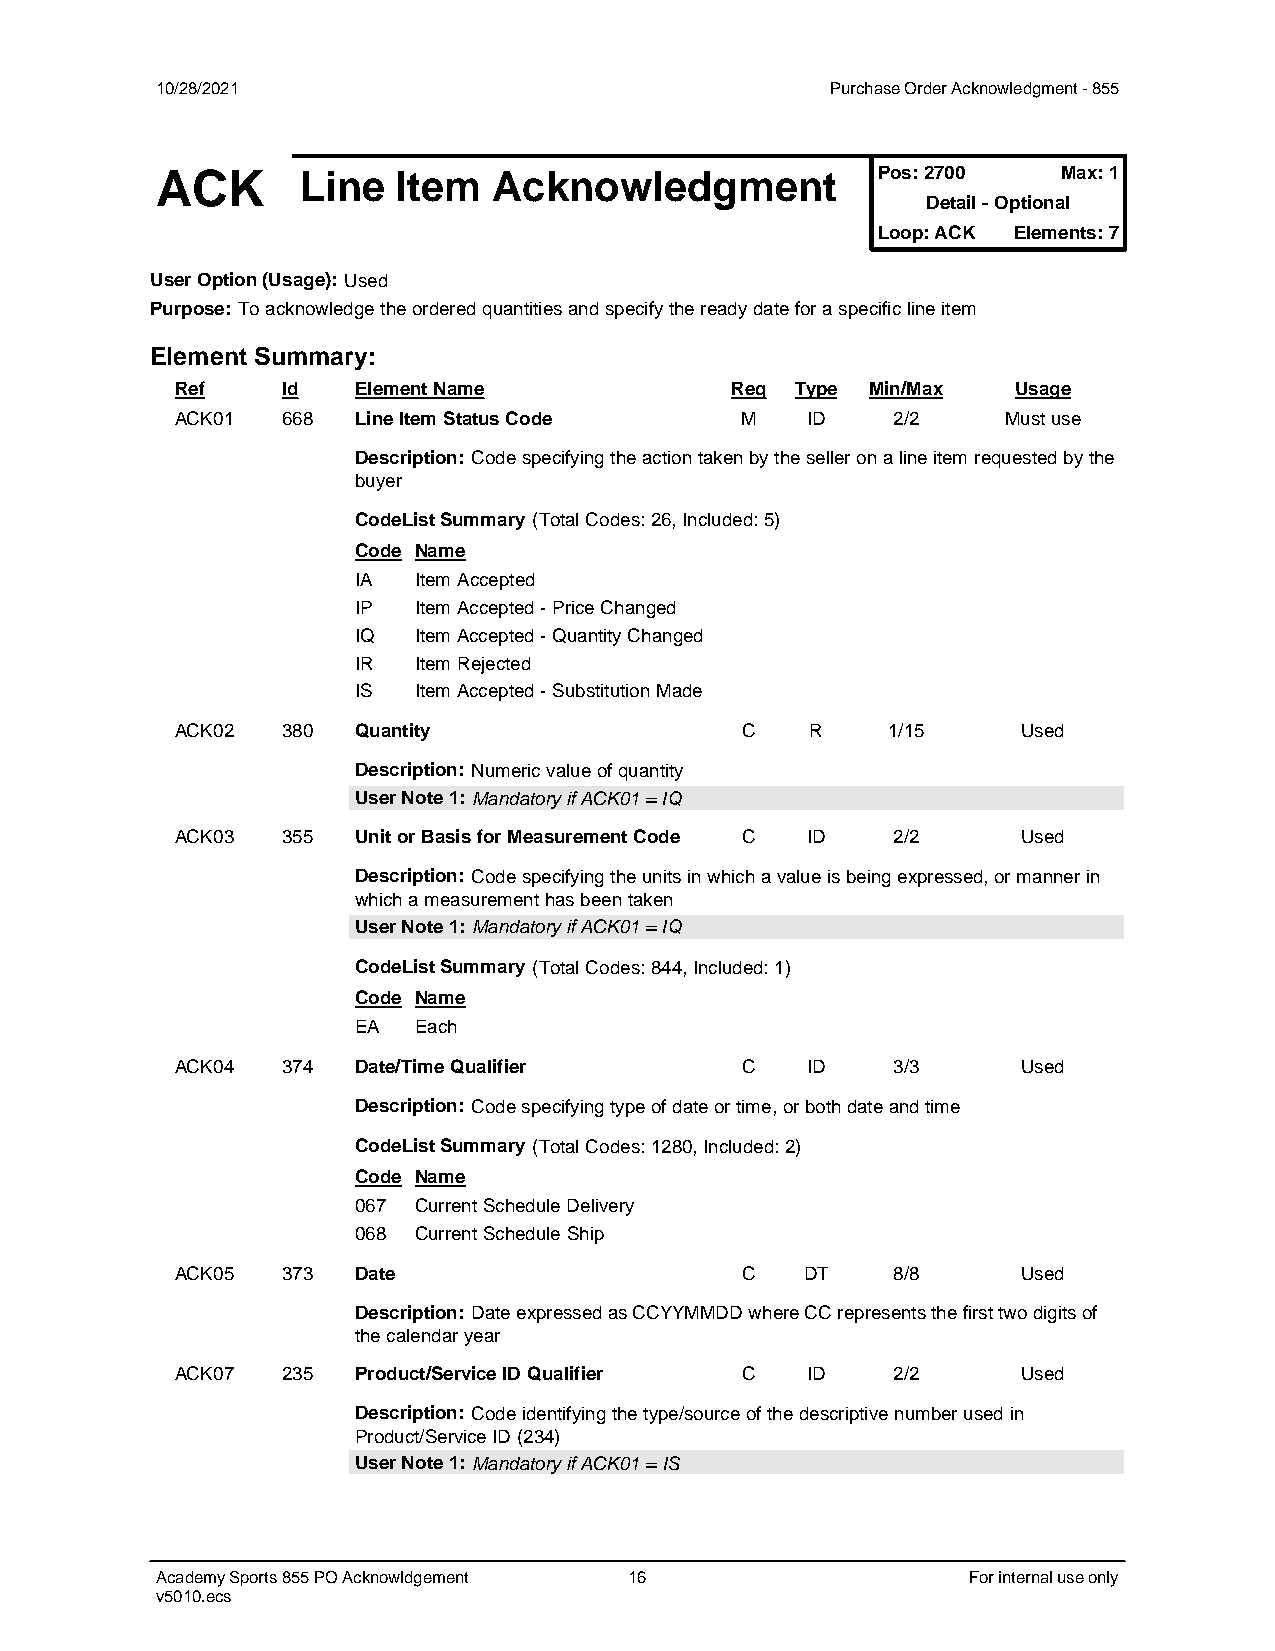
10/28/2021                                   Purchase Order Acknowledgment - 855
 Pos: 2700   Max: 1
 ACK       Line  Item   Acknowledgment
 Detail - Optional
 Loop: ACK Elements: 7
 User Option (Usage): Used
 Purpose: To acknowledge the ordered quantities and specify the ready date for a specific line item
 Element Summary:
 Ref    Id  Element Name             Req  Type Min/Max  Usage
 ACK01  668 Line Item Status Code     M   ID    2/2     Must use
 Description: Code specifying the action taken by the seller on a line item requested by the
 buyer
 CodeList Summary (Total Codes: 26, Included: 5)
 Code Name
 IA  Item Accepted
 IP  Item Accepted - Price Changed
 IQ  Item Accepted - Quantity Changed
 IR  Item Rejected
 IS  Item Accepted - Substitution Made
 ACK02  380 Quantity                  C    R    1/15     Used
 Description: Numeric value of quantity
 UUsseerr NNoottee 11:: MMaannddaattoorryy iiff AACCKK0011 == IIQQ
 ACK03  355 Unit or Basis for Measurement Code C ID 2/2  Used
 Description: Code specifying the units in which a value is being expressed, or manner in
 which a measurement has been taken
 UUsseerr NNoottee 11:: MMaannddaattoorryy iiff AACCKK0011 == IIQQ
 CodeList Summary (Total Codes: 844, Included: 1)
 Code Name
 EA  Each
 ACK04  374 Date/Time Qualifier       C   ID    3/3      Used
 Description: Code specifying type of date or time, or both date and time
 CodeList Summary (Total Codes: 1280, Included: 2)
 Code Name
 067 Current Schedule Delivery
 068 Current Schedule Ship
 ACK05  373 Date                      C   DT    8/8      Used
 Description: Date expressed as CCYYMMDD where CC represents the first two digits of
 the calendar year
 ACK07  235 Product/Service ID Qualifier C ID   2/2      Used
 Description: Code identifying the type/source of the descriptive number used in
 Product/Service ID (234)
 UUsseerr NNoottee 11:: MMaannddaattoorryy iiff AACCKK0011 == IISS
 Academy Sports 855 PO Acknowldgement 16               For internal use only
 v5010.ecs